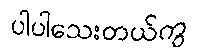
ပါပါသေးတယ်ကွ